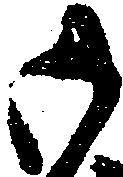
御